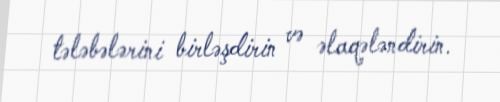
tələbələrini birləşdirin və əlaqələndirin.